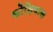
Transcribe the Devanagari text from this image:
कोंशियास